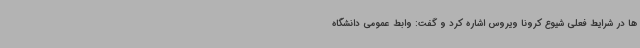
ها در شرایط فعلی شیوع کرونا ویروس اشاره کرد و گفت: وابط عمومی دانشگاه